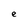
Character: e